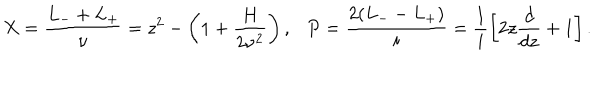
LaTeX: X = \frac { L _ { - } + L _ { + } } { \nu } = z ^ { 2 } - \left( 1 + \frac { H } { 2 \nu ^ { 2 } } \right) , P = \frac { 2 ( L _ { - } - L _ { + } ) } { i } = \frac { 1 } { i } \left[ 2 z \frac { d } { d z } + 1 \right] .